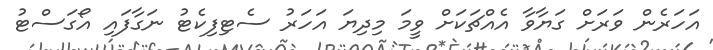
އަހަރެން ވަރަށް ގަޔާވާ އެއްޗަކަށް ވީމަ މިދިޔަ އަހަރު ސެޓިފިކެޓު ނަގާފައި އޯގަސްޓު